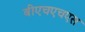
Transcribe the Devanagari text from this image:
बीएचएचएस